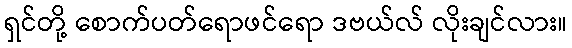
ရှင်တို့ စောက်ပတ်ရောဖင်ရော ဒဗယ်လ် လိုးချင်လား။